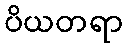
ပိယတရာ